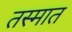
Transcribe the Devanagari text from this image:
तस्मात